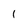
Character: 1